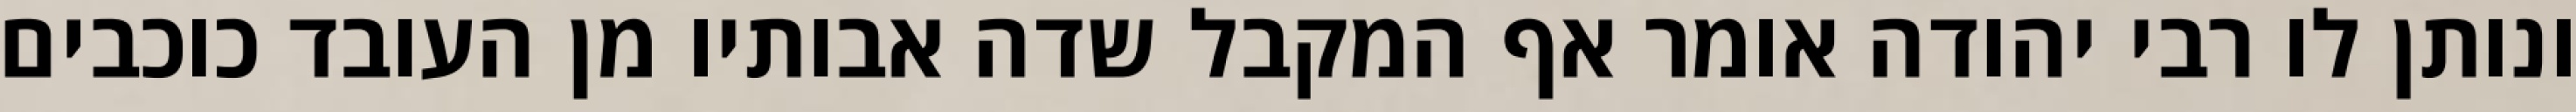
ונותן לו רבי יהודה אומר אף המקבל שדה אבותיו מן העובד כוכבים